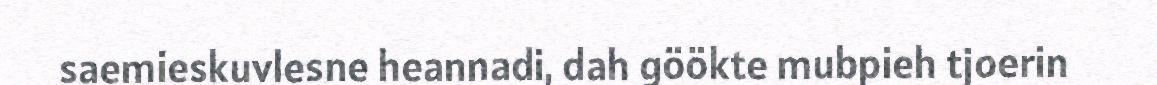
saemieskuvlesne heannadi, dah göökte mubpieh tjoerin